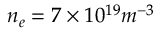
n _ { e } = 7 \times 1 0 ^ { 1 9 } m ^ { - 3 }